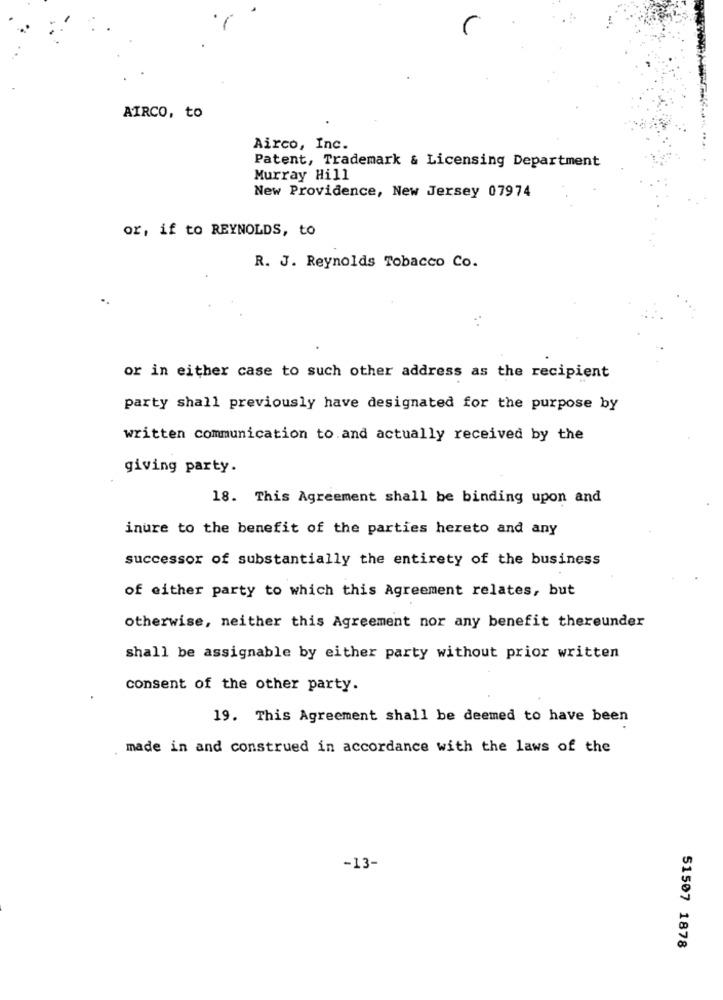
AIRCO, to
Airco, Inc.
Patent, Trademark & Licensing Department
Murray Hill
New Providence, New Jersey 07974
or, if to REYNOLDS, to
R. J. Reynolds Tobacco Co.
or in either case to such other address as the recipient
party shall previously have designated for the purpose by
written communication to.and actually received by the
giving party.
18. This Agreement shall be binding upon and
inure to the benefit of the parties hereto and any
successor of substantially the entirety of the business
of either party to which this Agreement relates, but
otherwise, neither this Agreement nor any benefit thereunder
shall be assignable by either party without prior written
consent of the other party.
19. This Agreement shall be deemed to have been
made in and construed in accordance with the laws of the
-13-
51507 1878